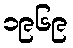
၁၉၆၉